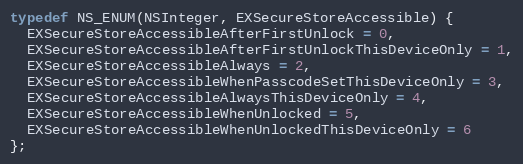
Language: C
typedef NS_ENUM(NSInteger, EXSecureStoreAccessible) {
  EXSecureStoreAccessibleAfterFirstUnlock = 0,
  EXSecureStoreAccessibleAfterFirstUnlockThisDeviceOnly = 1,
  EXSecureStoreAccessibleAlways = 2,
  EXSecureStoreAccessibleWhenPasscodeSetThisDeviceOnly = 3,
  EXSecureStoreAccessibleAlwaysThisDeviceOnly = 4,
  EXSecureStoreAccessibleWhenUnlocked = 5,
  EXSecureStoreAccessibleWhenUnlockedThisDeviceOnly = 6
};